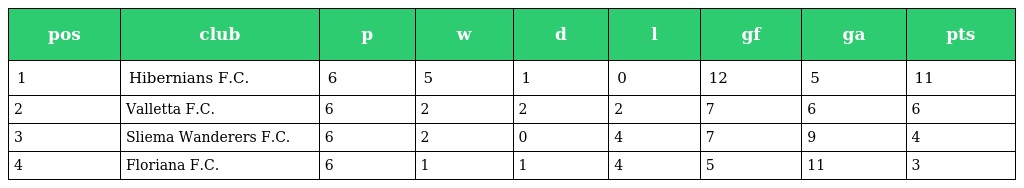
| pos | club | p | w | d | l | gf | ga | pts |
 | --- | --- | --- | --- | --- | --- | --- | --- | --- |
 | 1 | Hibernians F.C. | 6 | 5 | 1 | 0 | 12 | 5 | 11 |
 | 2 | Valletta F.C. | 6 | 2 | 2 | 2 | 7 | 6 | 6 |
 | 3 | Sliema Wanderers F.C. | 6 | 2 | 0 | 4 | 7 | 9 | 4 |
 | 4 | Floriana F.C. | 6 | 1 | 1 | 4 | 5 | 11 | 3 |